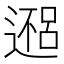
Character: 𬩀